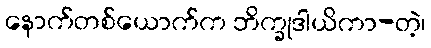
နောက်တစ်ယောက်က ဘိက္ခုဒါယိကာ-တဲ့၊